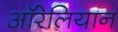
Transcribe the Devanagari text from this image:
ऑरेलियान